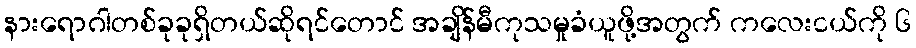
နားရောဂါတစ်ခုခုရှိတယ်ဆိုရင်တောင် အချိန်မီကုသမှုခံယူဖို့အတွက် ကလေးငယ်ကို ၆